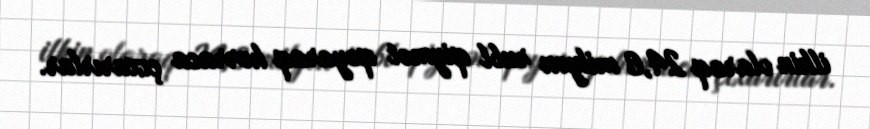
ilkin olaraq 24,6 milyon rubl qiymət qoyaraq hərraca çıxarırlar.